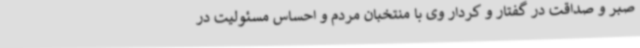
صبر و صداقت در گفتار و کردار وی با منتخبان مردم و احساس مسئولیت در